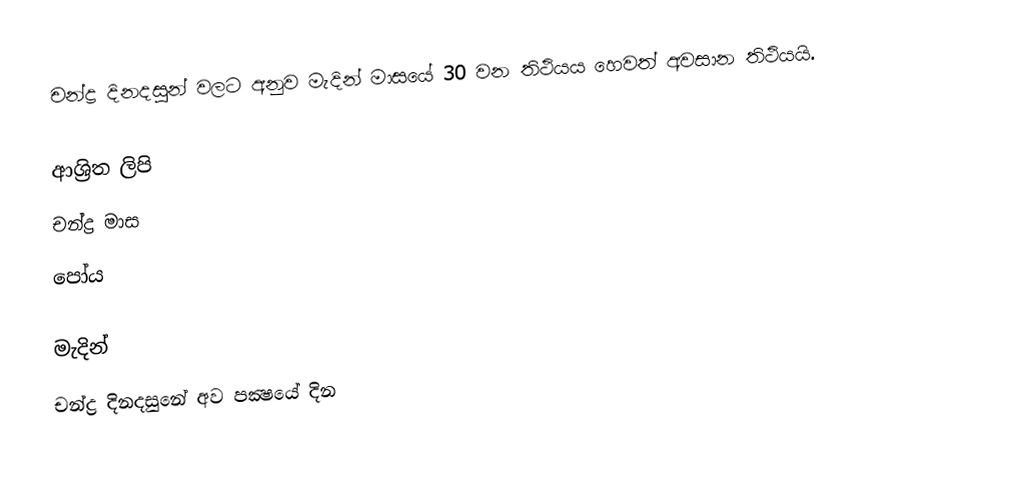
චන්ද්‍ර දිනදසුන් වලට අනුව මැදින් මාසයේ 30 වන තිථියය හෙවත් අවසාන තිථියයි.

ආශ්‍රිත ලිපි
 චන්ද්‍ර මාස
 පෝය

මැදින්
චන්ද්‍ර දිනදසුනේ අව පක්‍ෂයේ දින